画像に写った文字を読んでください
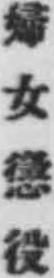
「婦女懲役」と書いてあります